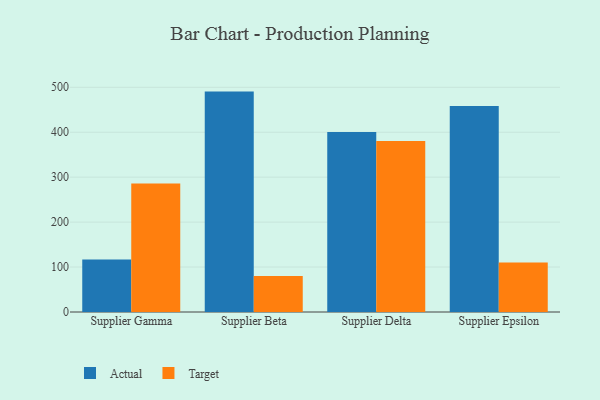
{"axis": {"x": "Supplier", "y": "Shipments"}, "legend": ["Actual", "Target"], "data": [{"x": "Supplier Gamma", "y": 116.6, "type": "Actual"}, {"x": "Supplier Gamma", "y": 286.0, "type": "Target"}, {"x": "Supplier Beta", "y": 490.4, "type": "Actual"}, {"x": "Supplier Beta", "y": 80.3, "type": "Target"}, {"x": "Supplier Delta", "y": 400.4, "type": "Actual"}, {"x": "Supplier Delta", "y": 380.3, "type": "Target"}, {"x": "Supplier Epsilon", "y": 458.5, "type": "Actual"}, {"x": "Supplier Epsilon", "y": 109.9, "type": "Target"}]}